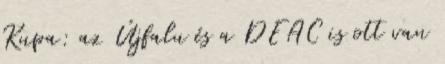
Kupa: az Újfalu és a DEAC is ott van